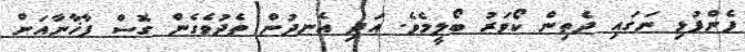
ފެންފުޅި ނަގައި ދެތިން ކޯވަރު ބޯލީމެވެ. އަދި އެނދުން ތެދުވެގެން ގޮސް ފާޚާނާއަށް